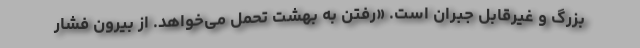
بزرگ و غیرقابل جبران است. «رفتن به بهشت تحمل می‌خواهد. از بیرون فشار